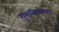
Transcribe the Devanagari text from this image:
गुरुविश्वेश्वरः